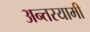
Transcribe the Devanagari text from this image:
अन्‍तरयामी